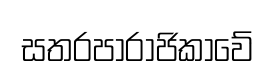
සතරපාරාජිකාවේ